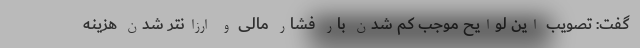
گفت: تصویب این لوایح موجب کم شدن بار فشار مالی و ارزانتر شدن هزینه